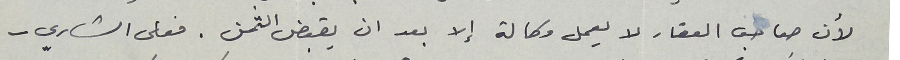
لأن صاحب العقار لا يعمل وكالة إلا بعد ان يقبض الثمن. فعلى الشاري -